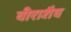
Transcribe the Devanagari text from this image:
वीराशैव